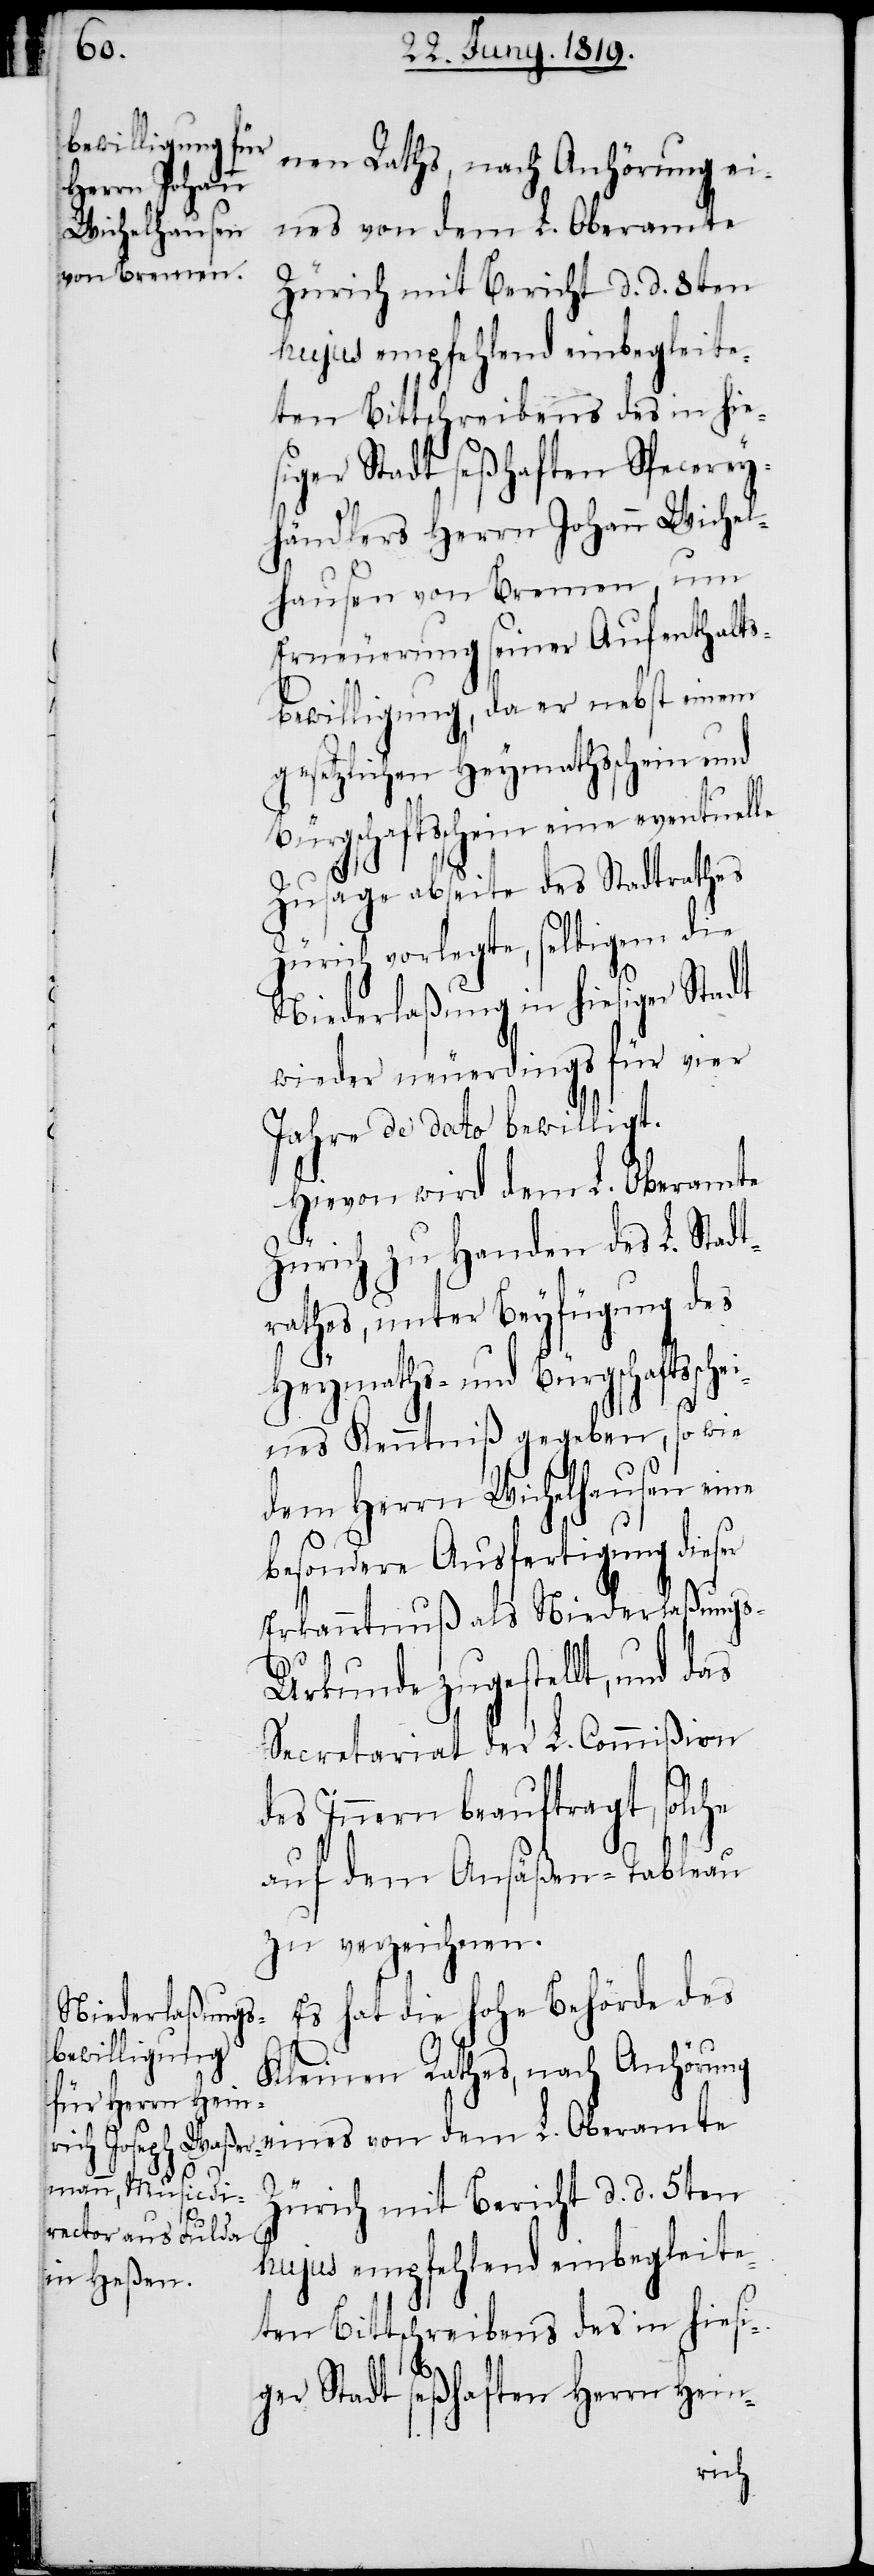
nen Raths, nach Anhörung ei¬
eines von dem L. Oberamte
Zürich mit Bericht d. d. 5ten
hujus empfehlend einbegleite¬
ten Bittschreibens des in hie¬
siger Stadt seßhaften Specerey¬
händlers Herrn Johann Wichel¬
hausen von Bremen, um
Erneuerung seiner Aufenthalts¬
bewilligung, da er nebst einem
gesetzlichen Heymathsschein und
Bürgschaftsschein eine eventuelle
Zusage abseite des Stadtrathes
Zürich vorlegte, selbigem die
Niederlaßung in hiesiger Stadt
wieder neuerdings für vier
Jahre de dato bewilligt.
Hievon wird dem L. Oberamte
Zürich zu Handen des L. Stadt¬
rathes unter Beyfügung des
Heymaths- und Bürgschaftssc¬
nes Kenntniß gegeben, so wie
dem Herrn Wichelhausen eine
besondere Ausfertigung dieser
Erkanntnuß als Niederlaßungs-U¬
rkunde zugestellt, und das
Secretariat der L. Commißion
des Innern beauftragt, solche
auf dem Ansäßen-Tableau
zu verzeichnen.
Es hat die hohe Behörde des
Kleinen Rathes, nach Anhörung
hei¬
ten Bittschreibens des in hiesi¬
ger Stadt seßhaften Herrn Hein-